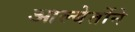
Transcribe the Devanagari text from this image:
आल्बेर्तोने